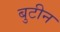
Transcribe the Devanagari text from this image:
बुटीन